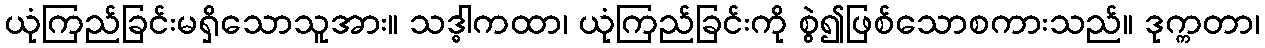
ယုံကြည်ခြင်းမရှိသောသူအား။ သဒ္ဓါကထာ၊ ယုံကြည်ခြင်းကို စွဲ၍ဖြစ်သောစကားသည်။ ဒုက္ကတာ၊